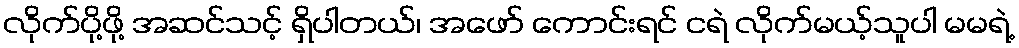
လိုက်ပို့ဖို့ အဆင်သင့် ရှိပါတယ်၊ အဖော် ကောင်းရင် ငရဲ လိုက်မယ့်သူပါ မမရဲ့